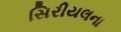
સિરીયલના